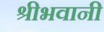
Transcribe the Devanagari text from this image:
श्रीभवानी